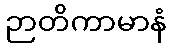
ဉာတိကာမာနံ